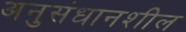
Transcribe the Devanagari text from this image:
अनुसंधानशील